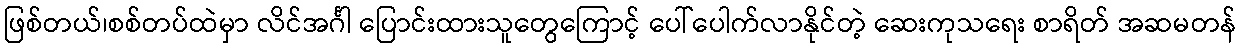
ဖြစ်တယ်၊စစ်တပ်ထဲမှာ လိင်အင်္ဂါ ပြောင်းထားသူတွေကြောင့် ပေါ်ပေါက်လာနိုင်တဲ့ ဆေးကုသရေး စာရိတ် အဆမတန်